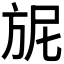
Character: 𭤴